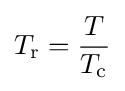
T_{\rm {r}}={T \over T_{\rm {c}}}